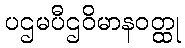
ပဌမပီဌဝိမာနဝတ္ထု